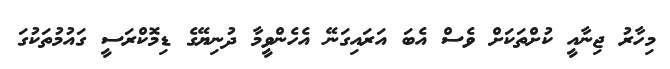
މިހާރު ޖިނާއީ ކުށްތަކަށް ވެސް އެބަ އަރައިގަނޭ އެހެންވީމާ ދުނިޔޭގެ ޑިމޮކްރަސީ ގައުމުތަކުގަ